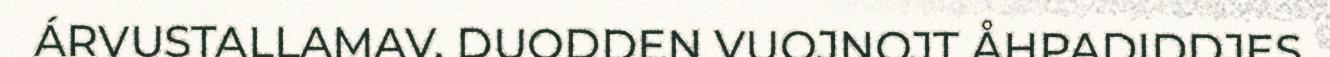
ÁRVUSTALLAMAV, DUODDEN VUOJNOJT ÅHPADIDDJES.